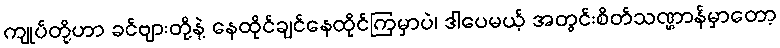
ကျုပ်တို့ဟာ ခင်ဗျားတို့နဲ့ နေထိုင်ချင်နေထိုင်ကြမှာပဲ၊ ဒါပေမယ့် အတွင်းစိတ်သဏ္ဌာန်မှာတော့